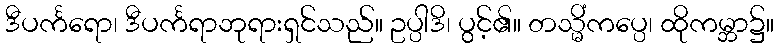
ဒီပင်္ကရော၊ ဒီပင်္ကရာဘုရားရှင်သည်။ ဥပ္ပါဒိ၊ ပွင့်၏။ တသ္မိံကပ္ပေ၊ ထိုကမ္ဘာ၌။